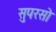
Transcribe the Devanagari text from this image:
सुपरसो